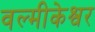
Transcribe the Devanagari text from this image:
वल्मीकेश्वर